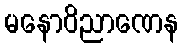
မနောဝိညာဏေန